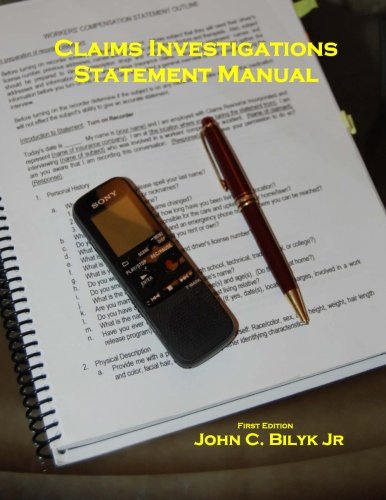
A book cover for Claims Investigation Statement Manual; Mr. John C. Bilyk Jr.; Education & Teaching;